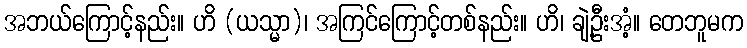
အဘယ်ကြောင့်နည်း။ ဟိ (ယသ္မာ)၊ အကြင်ကြောင့်တစ်နည်း။ ဟိ၊ ချဲ့ဦးအံ့။ တေဘူမက